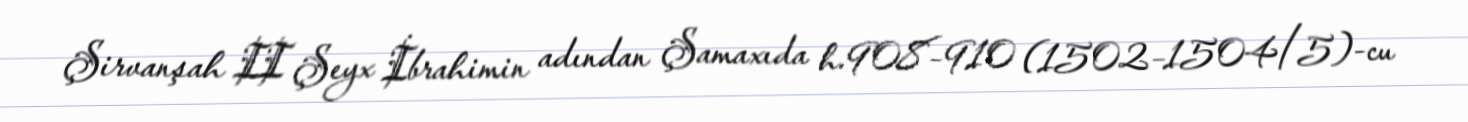
Şirvanşah II Şeyx İbrahimin adından Şamaxıda h.908–910 (1502–1504/5)-cu